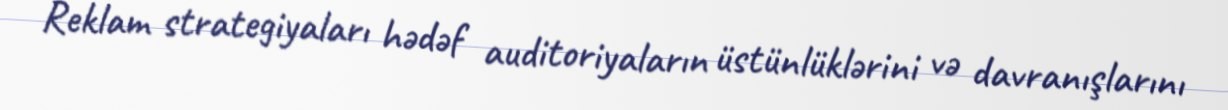
Reklam strategiyaları hədəf auditoriyaların üstünlüklərini və davranışlarını